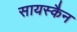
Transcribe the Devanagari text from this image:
सायस्कैन